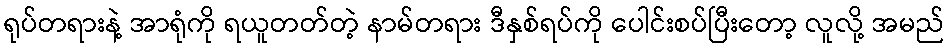
ရုပ်တရားနဲ့ အာရုံကို ရယူတတ်တဲ့ နာမ်တရား ဒီနှစ်ရပ်ကို ပေါင်းစပ်ပြီးတော့ လူလို့ အမည်